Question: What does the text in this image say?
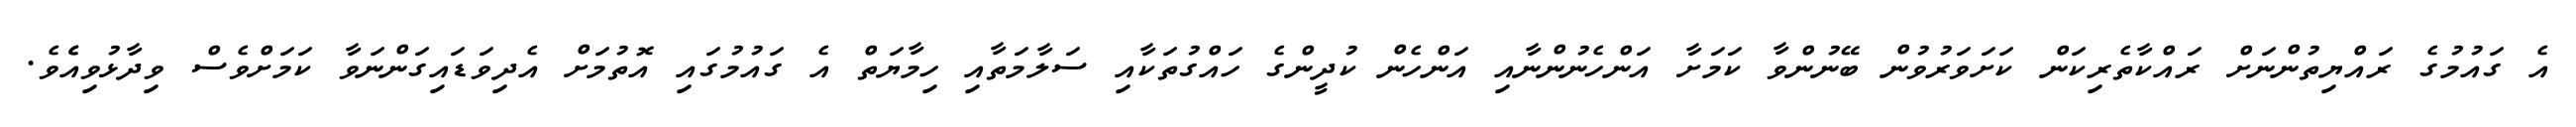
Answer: އެ ގައުމުގެ ރައްޔިތުންނަށް ރައްކާތެރިކަން ކަށަވަރުވުން ބޭނުންވާ ކަމަށާ އަންހެނުންނާއި އަންހެން ކުދީންގެ ހައްގުތަކާއި ސަލާމަތާއި ހިމާޔަތް އެ ގައުމުގައި އޮތުމަށް އެދިވަޑައިގަންނަވާ ކަމަށްވެސް ވިދާޅުވިއެެވެ.